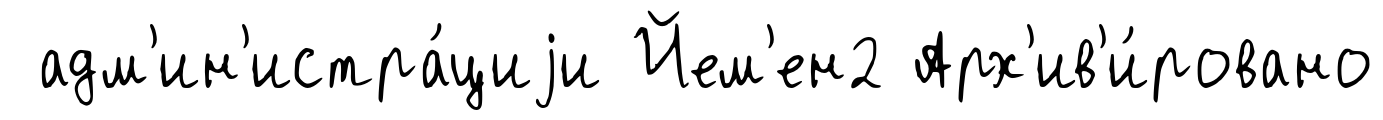
адм'ин'истра́циjи Йем'ен2 Арх'ив'и́ровано